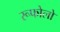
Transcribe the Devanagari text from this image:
रूफोलो